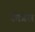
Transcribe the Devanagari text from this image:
कीप्रेस